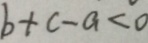
b + c - a < 0